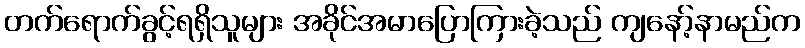
တက်ရောက်ခွင့်ရရှိသူများ အခိုင်အမာပြောကြားခဲ့သည် ကျနော့်နာမည်က